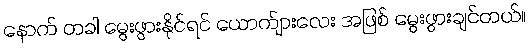
နောက် တခါ မွေးဖွားနိုင်ရင် ယောက်ျားလေး အဖြစ် မွေးဖွားချင်တယ်။